Reports on dispensaries and lunatic asylums in the Province of Oudh - 1869-1876
Year: 1869
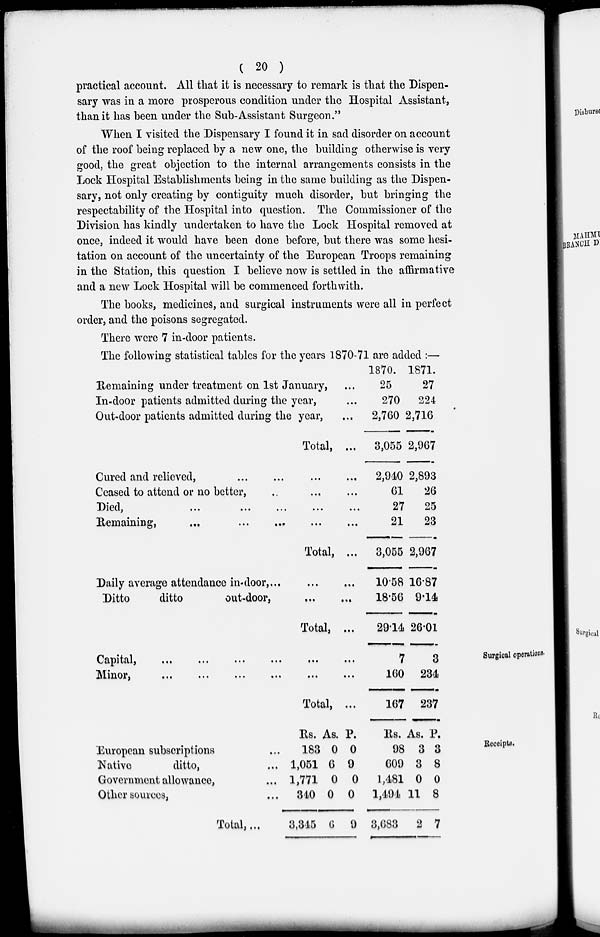
( 20 )
practical account. All that it is necessary to remark is that the Dispen-
sary was in a more prosperous condition under the Hospital Assistant,
than it has been under the Sub-Assistant Surgeon."
When I visited the Dispensary I found it in sad disorder on account
of the roof being replaced by a new one, the building otherwise is very
good, the great objection to the internal arrangements consists in the
Lock Hospital Establishments being in the same building as the Dispen-
sary, not only creating by contiguity much disorder, but bringing the
respectability of the Hospital into question. The Commissioner of the
Division has kindly undertaken to have the Lock Hospital removed at
once, indeed it would have been done before, but there was some hesi-
tation on account of the uncertainty of the European Troops remaining
in the Station, this question I believe now is settled in the affirmative
and a new Lock Hospital will be commenced forthwith.
The books, medicines, and surgical instruments were all in perfect
order, and the poisons segregated.
There were 7 in-door patients.
The following statistical tables for the years 1870-71 are added :—
Remaining under treatment on 1st January, ...
In-door patients admitted during the year, ...
Out-door patients admitted during the year, ...
Total, ...
Cured and relieved, ... ... ...
...
Ceased to attend or no better, ... ... ...
Died,
...
...
...
...
...
Remaining, ... ... ... ... ...
Total, ...
Daily average attendance in-door, ...
...
...
Ditto
ditto
out-door, ... ...
Total, ...
1870.
25
270
2,760
3,055
2,940
61
27
21
3,055
10.58
18.56
29.14
1871.
27
224
2,716
2,967
2,893
26
25
23
2,967
16.87
9.14
26.01
Surgical operations.
Capital,
...
...
...
...
...
...
Minor,
...
...
...
...
...
...
Total, ...
7
160
167
3
234
237
Receipts.
European subscriptions ...
Native
ditto, ...
Government allowance, ...
Other sources, ...
Total, ...
Rs.
183
1,051
1,771
340
3,345
As.
0
6
0
0
6
P.
0
9
0
0
9
Rs.
98
609
1,4.81
1,494
3,683
As.
3
3
0
11
2
P.
3
8
0
8
7